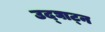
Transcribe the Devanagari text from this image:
उद्घाट्न